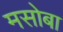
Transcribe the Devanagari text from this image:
मसोबा